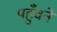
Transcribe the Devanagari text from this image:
पहुँवने